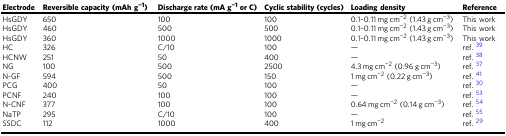
| Electrode | Reversible capacity (mAh g−1) | Discharge rate (mA g−1 or C) | Cyclic stability (cycles) | Loading density | Reference |
 | --- | --- | --- | --- | --- | --- |
 | HsGDY | 650 | 100 | 100 | 0.1–0.11 mg cm−2 (1.43 g cm−3) | This work |
 | HsGDY | 460 | 500 | 500 | 0.1–0.11 mg cm−2 (1.43 g cm−3) | This work |
 | HsGDY | 360 | 1000 | 1000 | 0.1–0.11 mg cm−2 (1.43 g cm−3) | This work |
 | HC | 326 | C/10 | 100 | — | ref. 39 |
 | HCNW | 251 | 50 | 400 | — | ref. 38 |
 | NG | 100 | 500 | 2500 | 4.3 mg cm−2 (0.96 g cm−3) | ref. 37 |
 | N-GF | 594 | 500 | 150 | 1 mg cm−2 (0.22 g cm−3) | ref. 41 |
 | PCG | 400 | 50 | 100 | — | ref. 30 |
 | PCNF | 240 | 100 | 100 | — | ref. 53 |
 | N-CNF | 377 | 100 | 100 | 0.64 mg cm−2 (0.14 g cm−3) | ref. 54 |
 | NaTP | 295 | C/10 | 100 | — | ref. 55 |
 | SSDC | 112 | 1000 | 400 | 1 mg cm−2 | ref. 29 |